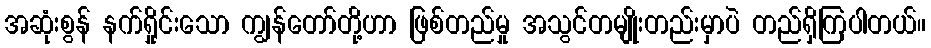
အဆုံးစွန် နက်ရှိုင်းသော ကျွန်တော်တို့ဟာ ဖြစ်တည်မှု အသွင်တမျိုးတည်းမှာပဲ တည်ရှိကြပါတယ်။